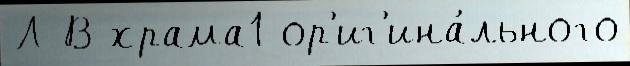
Л В храма1 ор'иг'ина́льного